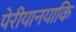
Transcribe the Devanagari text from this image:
पेरीयानयाकि